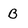
Character: B